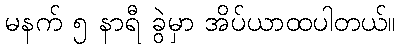
မနက် ၅ နာရီ ခွဲမှာ အိပ်ယာထပါတယ်။